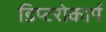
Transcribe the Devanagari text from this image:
डिप्टरोकार्प